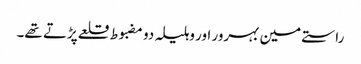
راستے مین بہرور اور وہلیلہ دو مضبوط قلعے پڑتے تھے۔